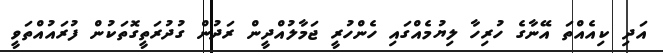
އަދި ކިއެއްތަ އޭނާގެ ހުރިހާ ލިޔުމެއްގައި ހެންހުރީ ޖަމާލުއްދީން ރަދުން ގުދުރަތީގޮތަކުން ފުރައުއްތަވީ